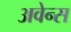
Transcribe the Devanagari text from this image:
अवेन्स